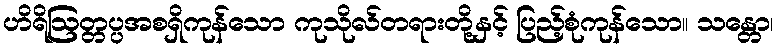
ဟိရိဩတ္တပ္ပအစရှိကုန်သော ကုသိုလ်တရားတို့နှင့် ပြည့်စုံကုန်သော။ သန္တော၊